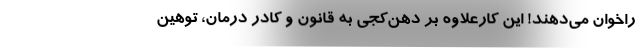
راخوان می‌دهند! این‌‌ کارعلاوه بر دهن‌کجی به قانون و کادر درمان، توهین